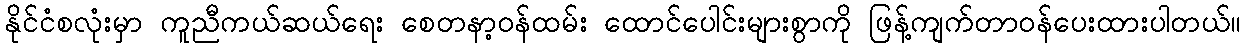
နိုင်ငံစလုံးမှာ ကူညီကယ်ဆယ်ရေး စေတနာ့ဝန်ထမ်း ထောင်ပေါင်းများစွာကို ဖြန့်ကျက်တာဝန်ပေးထားပါတယ်။